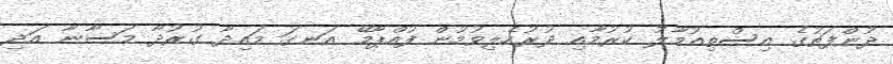
ދުންފަތުގެ އިސްތިއުމާލު ކުރުމާއި ދުރުހެލިވުމުން ފުއްޕާމޭ އަނގަ މައިދާ ގުރުދާ މަސާނާ އަދި